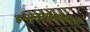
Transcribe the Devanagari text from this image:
इम्युनोपैथोलोजी